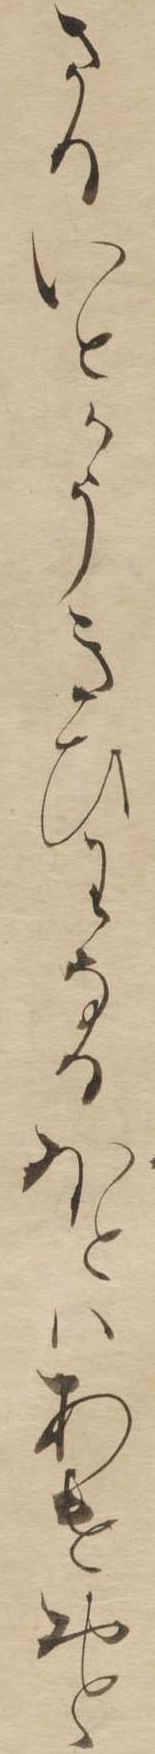
さるいとかうきひはなるほとはあけおと